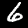
Label: 6